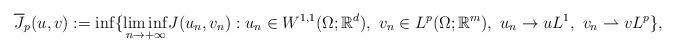
LaTeX: \begin{align*}\overline{J}_{p}( u,v) :=\inf\{ \underset{n\rightarrow +\infty}{\lim\inf}J(u_{n},v_{n}) :u_{n}\in W^{1,1}(\Omega;\mathbb{R}^d),~v_{n}\in L^{p}(\Omega;\mathbb R^m),~u_{n}\rightarrow uL^{1},~v_{n}\rightharpoonup vL^{p}\} , \end{align*}